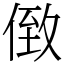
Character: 𠊷